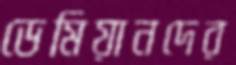
ডেমিয়ানদের